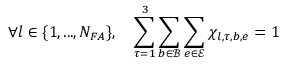
\forall l \in \{ 1 , . . . , N _ { F A } \} , \quad \sum _ { \tau = 1 } ^ { 3 } \sum _ { b \in \mathcal { B } } \sum _ { e \in \mathcal { E } } \chi _ { l , \tau , b , e } = 1